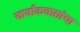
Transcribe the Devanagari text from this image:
चार्वाकवाद्यांचा